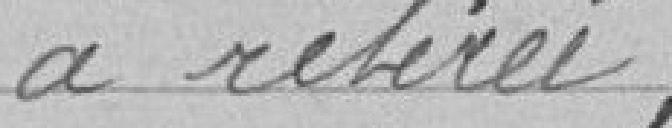
a retirée;